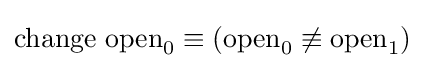
{\text{change open}}_{0}\equiv ({\text{open}}_{0}\not \equiv {\text{open}}_{1})